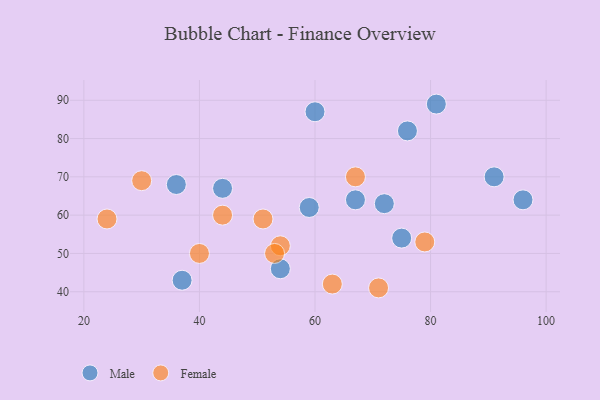
{"axis": {"x": "GDP", "y": "Life Expectancy"}, "legend": ["Female", "Male"], "data": [{"x": "44", "y": 67, "type": "Male"}, {"x": "72", "y": 63, "type": "Male"}, {"x": "37", "y": 43, "type": "Male"}, {"x": "81", "y": 89, "type": "Male"}, {"x": "59", "y": 62, "type": "Male"}, {"x": "91", "y": 70, "type": "Male"}, {"x": "67", "y": 64, "type": "Male"}, {"x": "75", "y": 54, "type": "Male"}, {"x": "36", "y": 68, "type": "Male"}, {"x": "96", "y": 64, "type": "Male"}, {"x": "60", "y": 87, "type": "Male"}, {"x": "76", "y": 82, "type": "Male"}, {"x": "54", "y": 46, "type": "Male"}, {"x": "30", "y": 69, "type": "Female"}, {"x": "71", "y": 41, "type": "Female"}, {"x": "40", "y": 50, "type": "Female"}, {"x": "79", "y": 53, "type": "Female"}, {"x": "51", "y": 59, "type": "Female"}, {"x": "54", "y": 52, "type": "Female"}, {"x": "24", "y": 59, "type": "Female"}, {"x": "67", "y": 70, "type": "Female"}, {"x": "63", "y": 42, "type": "Female"}, {"x": "53", "y": 50, "type": "Female"}, {"x": "44", "y": 60, "type": "Female"}]}